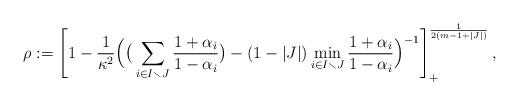
LaTeX: \begin{align*}\rho :=\left[1 -\frac{1}{\kappa^2}\Big(\big(\sum_{i\in I\smallsetminus J}\frac{1+\alpha_i}{1-\alpha_i}\big) -(1-|J|)\min_{i\in I\smallsetminus J}\frac{1+\alpha_i}{1-\alpha_i}\Big)^{-1}\right]_+^\frac{1}{2(m-1+|J|)},\end{align*}